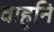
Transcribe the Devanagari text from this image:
वाहुनि